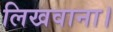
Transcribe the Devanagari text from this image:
लिखवाना।